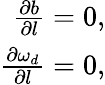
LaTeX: \begin{array}{r}{\frac{\partial b}{\partial l}=0,}\\ {\frac{\partial\omega_{d}}{\partial l}=0,}\end{array}